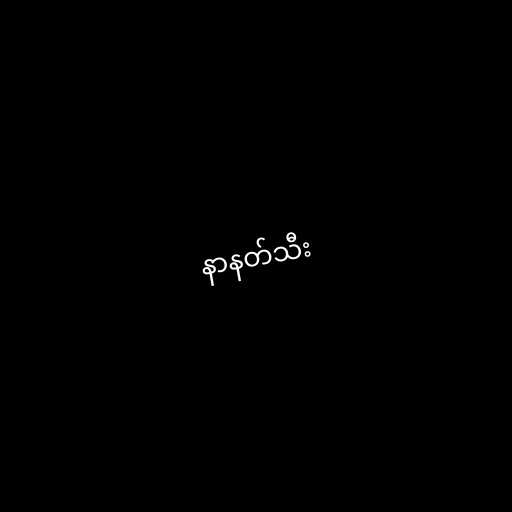
နာနတ်သီး